Rangoon Lunatic Asylum 1898-1906 - 1898-1906
Year: 1898
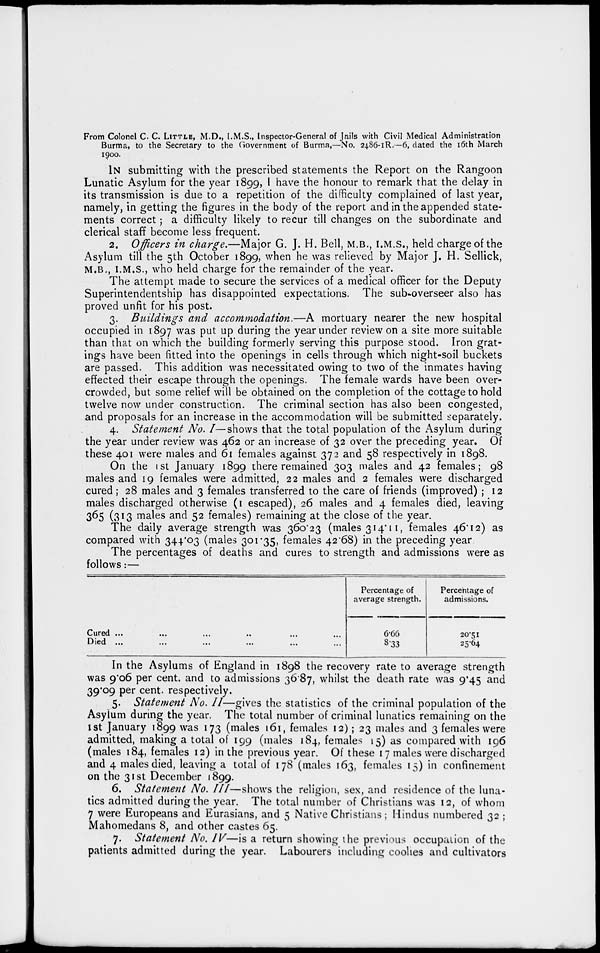
From Colonel C. C. LITTLE, M.D., I.M.S., Inspector-General of Jails with Civil Medical Administration
Burma, to the Secretary to the Government of Burma,—No. 2486-1R.-6, dated the 16th March
1900.
IN submitting with the prescribed statements the Report on the Rangoon
Lunatic Asylum for the year 1899, I have the honour to remark that the delay in
its transmission is due to a repetition of the difficulty complained of last year,
namely, in getting the figures in the body of the report and in the appended state-
ments correct; a difficulty likely to recur till changes on the subordinate and
clerical staff become less frequent.
2. Officers in charge.—Major G. J. H. Bell, M.B., I.M.S., held charge of the
Asylum till the 5th October 1899, when he was relieved by Major J. H. Sellick,
M.B., I.M.S., who held charge for the remainder of the year.
The attempt made to secure the services of a medical officer for the Deputy
Superintendentship has disappointed expectations. The sub-overseer also has
proved unfit for his post.
3. Buildings and accommodation.—A mortuary nearer the new hospital
occupied in 1897 was put up during the year under review on a site more suitable
than that on which the building formerly serving this purpose stood. Iron grat-
ings have been fitted into the openings in cells through which night-soil buckets
are passed. This addition was necessitated owing to two of the inmates having
effected their escape through the openings. The female wards have been over-
crowded, but some relief will be obtained on the completion of the cottage to hold
twelve now under construction. The criminal section has also been congested,
and proposals for an increase in the accommodation will be submitted separately.
4. Statement No. I—shows that the total population of the Asylum during
the year under review was 462 or an increase of 32 over the preceding year. Of
these 401 were males and 61 females against 372 and 58 respectively in 1898.
On the 1 st January 1899 there remained 303 males and 42 females; 98
males and 19 females were admitted, 22 males and 2 females were discharged
cured; 28 males and 3 females transferred to the care of friends (improved) ; 12
males discharged otherwise (1 escaped), 26 males and 4 females died, leaving
365 (313 males and 52 females) remaining at the close of the year.
The daily average strength was 360.23 (males 314.11, females 46.12) as
compared with 344.03 (males 301.35, females 42.68) in the preceding year
The percentages of deaths and cures to strength and admissions were as
follows:—
Cured ... ... ... .. ... ...
Died ... ... ... ... ... ...
Percentage of
average strength.
6.66
3.33
Percentage of
admissions.
20.51
25.64
In the Asylums of England in 1898 the recovery rate to average strength
was 9.06 per cent. and to admissions 36.87, whilst the death rate was 9.45 and
39.09 per cent. respectively.
5. Statement No. II—gives the statistics of the criminal population of the
Asylum during the year. The total number of criminal lunatics remaining on the
1st January 1899 was 173 (males 161, females 12); 23 males and 3 females were
admitted, making a total of 199 (males 184, females 15) as compared with 196
(males 184, females 12) in the previous year. Of these 17 males were discharged
and 4 males died, leaving a total of 178 (males 163, females 15) in confinement
on the 31st December 1899.
6. Statement No. III—shows the religion, sex, and residence of the luna-
tics admitted during the year. The total number of Christians was 12, of whom
7 were Europeans and Eurasians, and 5 Native Christians ; Hindus numbered 32 ;
Mahomedans 8, and other castes 65.
7. Statement No. IV—is a return showing the previous occupation of the
patients admitted during the year. Labourers including coolies and cultivators